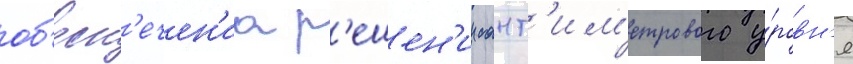
об'есп'ечен'иа р'ешен'ии сант'им'етрового у́ровн'я